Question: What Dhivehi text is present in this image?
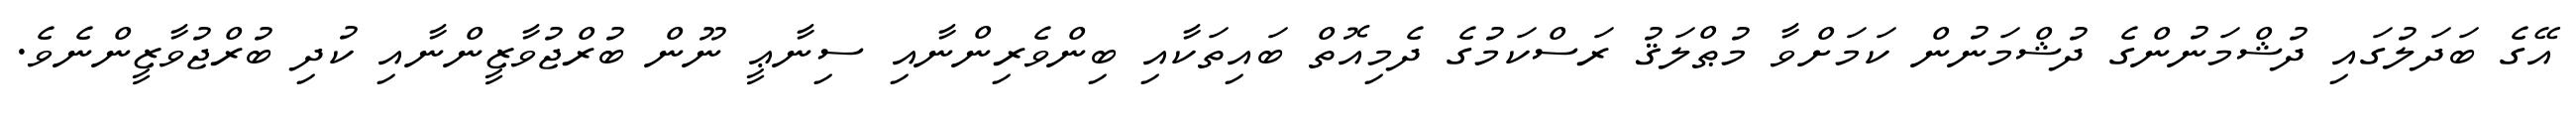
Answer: އޭގެ ބަދަލުގައި ދުޝްމަނުންގެ ދުޝްމަނުން ކަމަށްވާ މުޠްލަޤު ރަސްކަމުގެ ދެމިއޮތް ބައިތަކާއި ބިންވެރިންނާއި ސިނާޢީ ނޫން ބުރްޖުވާޒީންނާއި ކުދި ބުރްޖުވާޒީންނެވެ.